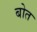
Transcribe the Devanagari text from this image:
बोत